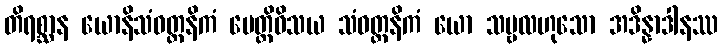
တိရစ္ဆာန ယောနိသံဝတ္တနိကံ ပေတ္တိဝိသယ သံဝတ္တနိကံ ယော သဗ္ဗလဟုသော အဒိန္နာဒါနဿ